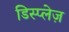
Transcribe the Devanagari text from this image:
डिस्प्लेज़